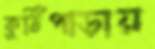
কুঠিপাড়ায়